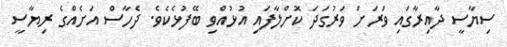
ސިޔާސީ ދާއިރާގައި ވަރަށް ވަރުގަދަ ކޮށްލާފައި އުޅުއްވި ބޭފުޅެކެވެ. ދެހާސް އަށެއްގެ ރިޔާސީ